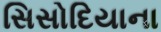
સિસોદિયાના